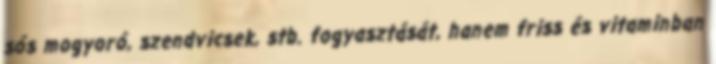
sós mogyoró, szendvicsek, stb. fogyasztását, hanem friss és vitaminban